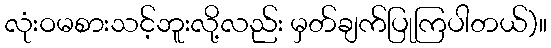
လုံးဝမစားသင့်ဘူးလို့လည်း မှတ်ချက်ပြုကြပါတယ်)။